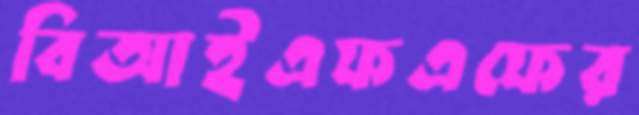
বিআইএফএফের